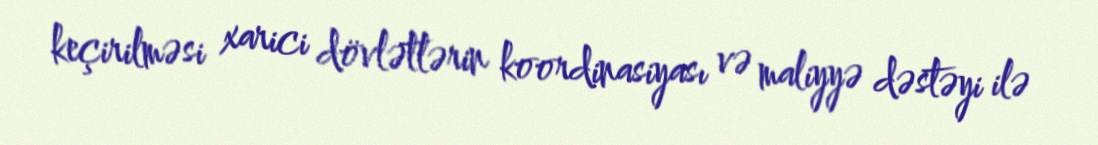
keçirilməsi xarici dövlətlərin koordinasiyası və maliyyə dəstəyi ilə